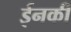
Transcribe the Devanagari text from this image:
ईनकी